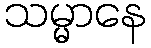
သမ္မာနေ